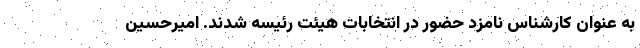
به عنوان کارشناس نامزد حضور در انتخابات هیئت رئیسه شدند. امیرحسین